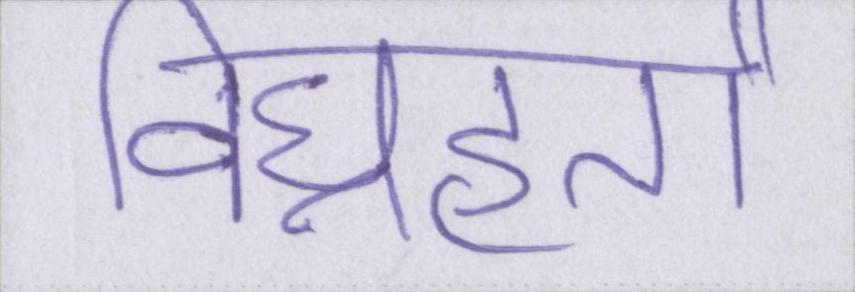
विघ्नहर्ता